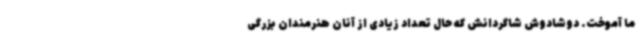
ما آموخت. دوشادوش شاگردانش که حال تعداد زیادی از آنان هنرمندان بزرگی